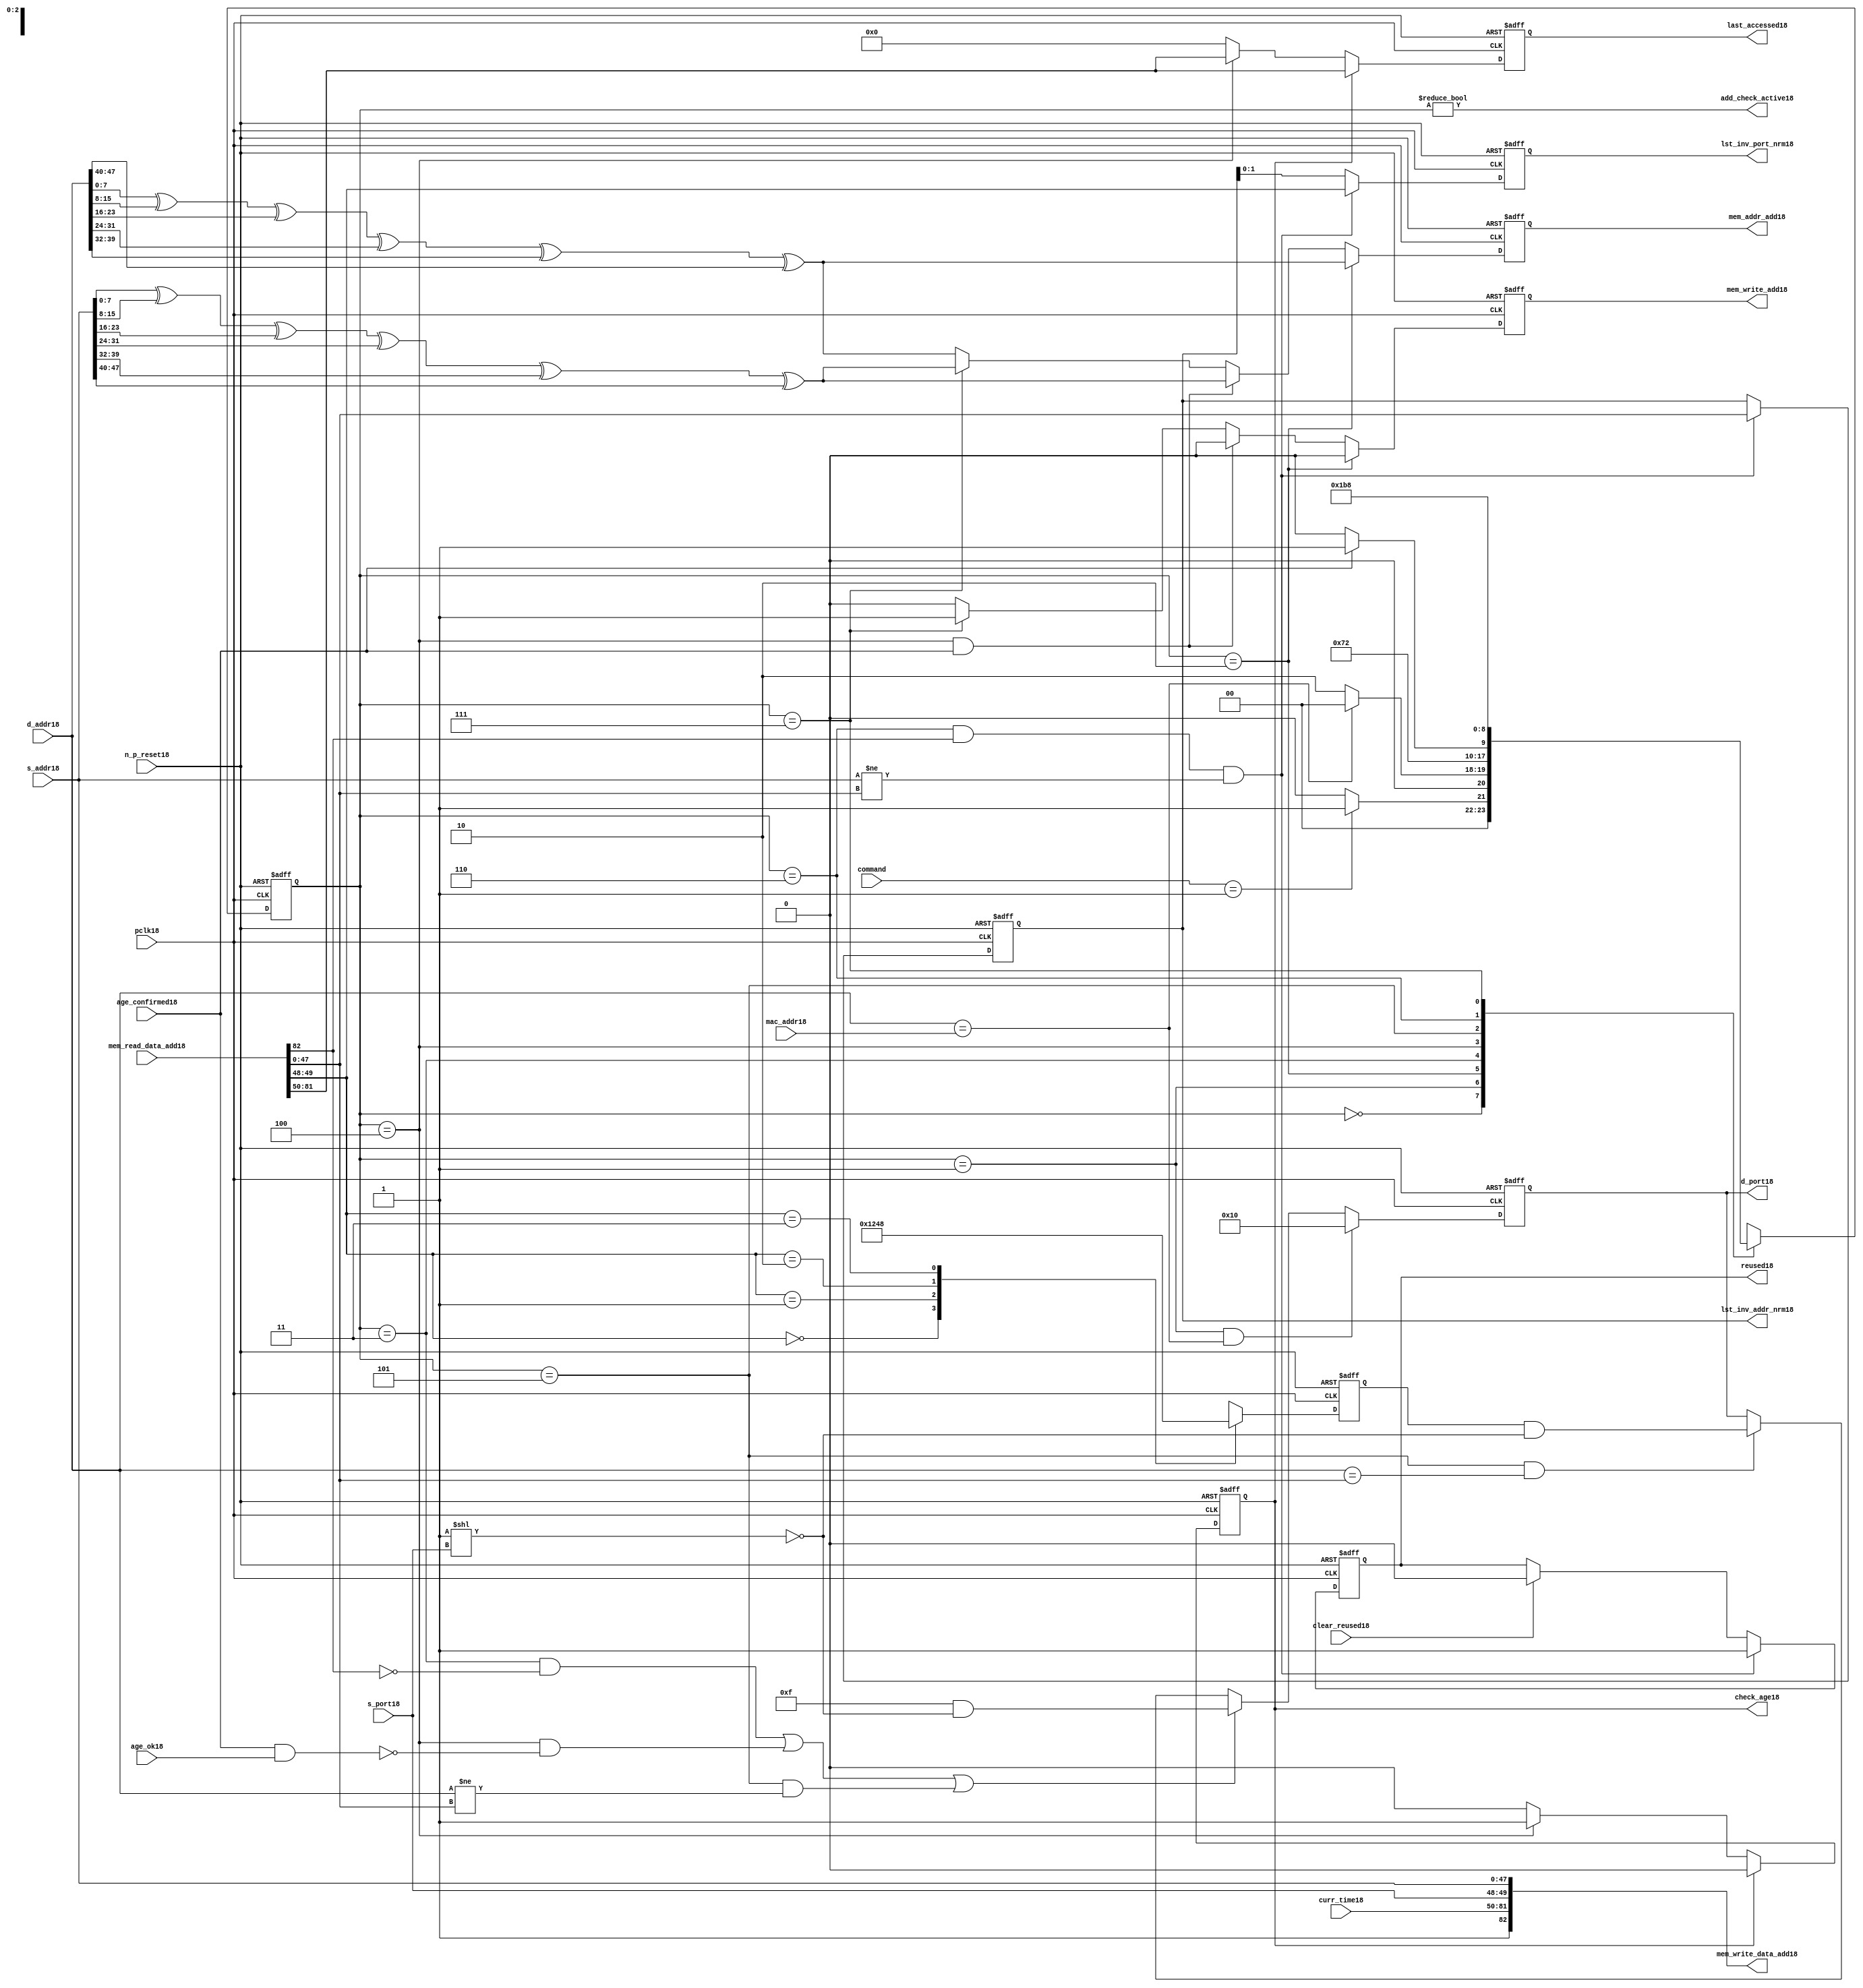
module alut_addr_checker18
(   
   // Inputs18
   pclk18,
   n_p_reset18,
   command,
   mac_addr18,
   d_addr18,
   s_addr18,
   s_port18,
   curr_time18,
   mem_read_data_add18,
   age_confirmed18,
   age_ok18,
   clear_reused18,

   //outputs18
   d_port18,
   add_check_active18,
   mem_addr_add18,
   mem_write_add18,
   mem_write_data_add18,
   lst_inv_addr_nrm18,
   lst_inv_port_nrm18,
   check_age18,
   last_accessed18,
   reused18
);



   input               pclk18;               // APB18 clock18                           
   input               n_p_reset18;          // Reset18                               
   input [1:0]         command;            // command bus                        
   input [47:0]        mac_addr18;           // address of the switch18              
   input [47:0]        d_addr18;             // address of frame18 to be checked18     
   input [47:0]        s_addr18;             // address of frame18 to be stored18      
   input [1:0]         s_port18;             // source18 port of current frame18       
   input [31:0]        curr_time18;          // current time,for storing18 in mem    
   input [82:0]        mem_read_data_add18;  // read data from mem                 
   input               age_confirmed18;      // valid flag18 from age18 checker        
   input               age_ok18;             // result from age18 checker 
   input               clear_reused18;       // read/clear flag18 for reused18 signal18           

   output [4:0]        d_port18;             // calculated18 destination18 port for tx18 
   output              add_check_active18;   // bit 0 of status register           
   output [7:0]        mem_addr_add18;       // hash18 address for R/W18 to memory     
   output              mem_write_add18;      // R/W18 flag18 (write = high18)            
   output [82:0]       mem_write_data_add18; // write data for memory             
   output [47:0]       lst_inv_addr_nrm18;   // last invalidated18 addr normal18 op    
   output [1:0]        lst_inv_port_nrm18;   // last invalidated18 port normal18 op    
   output              check_age18;          // request flag18 for age18 check
   output [31:0]       last_accessed18;      // time field sent18 for age18 check
   output              reused18;             // indicates18 ALUT18 location18 overwritten18

   reg   [2:0]         add_chk_state18;      // current address checker state
   reg   [2:0]         nxt_add_chk_state18;  // current address checker state
   reg   [4:0]         d_port18;             // calculated18 destination18 port for tx18 
   reg   [3:0]         port_mem18;           // bitwise18 conversion18 of 2bit port
   reg   [7:0]         mem_addr_add18;       // hash18 address for R/W18 to memory
   reg                 mem_write_add18;      // R/W18 flag18 (write = high18)            
   reg                 reused18;             // indicates18 ALUT18 location18 overwritten18
   reg   [47:0]        lst_inv_addr_nrm18;   // last invalidated18 addr normal18 op    
   reg   [1:0]         lst_inv_port_nrm18;   // last invalidated18 port normal18 op    
   reg                 check_age18;          // request flag18 for age18 checker
   reg   [31:0]        last_accessed18;      // time field sent18 for age18 check


   wire   [7:0]        s_addr_hash18;        // hash18 of address for storing18
   wire   [7:0]        d_addr_hash18;        // hash18 of address for checking
   wire   [82:0]       mem_write_data_add18; // write data for memory  
   wire                add_check_active18;   // bit 0 of status register           


// Parameters18 for Address Checking18 FSM18 states18
   parameter idle18           = 3'b000;
   parameter mac_addr_chk18   = 3'b001;
   parameter read_dest_add18  = 3'b010;
   parameter valid_chk18      = 3'b011;
   parameter age_chk18        = 3'b100;
   parameter addr_chk18       = 3'b101;
   parameter read_src_add18   = 3'b110;
   parameter write_src18      = 3'b111;


// -----------------------------------------------------------------------------
//   Hash18 conversion18 of source18 and destination18 addresses18
// -----------------------------------------------------------------------------
   assign s_addr_hash18 = s_addr18[7:0] ^ s_addr18[15:8] ^ s_addr18[23:16] ^
                        s_addr18[31:24] ^ s_addr18[39:32] ^ s_addr18[47:40];

   assign d_addr_hash18 = d_addr18[7:0] ^ d_addr18[15:8] ^ d_addr18[23:16] ^
                        d_addr18[31:24] ^ d_addr18[39:32] ^ d_addr18[47:40];



// -----------------------------------------------------------------------------
//   State18 Machine18 For18 handling18 the destination18 address checking process and
//   and storing18 of new source18 address and port values.
// -----------------------------------------------------------------------------
always @ (command or add_chk_state18 or age_confirmed18 or age_ok18)
   begin
      case (add_chk_state18)
      
      idle18:
         if (command == 2'b01)
            nxt_add_chk_state18 = mac_addr_chk18;
         else
            nxt_add_chk_state18 = idle18;

      mac_addr_chk18:   // check if destination18 address match MAC18 switch18 address
         if (d_addr18 == mac_addr18)
            nxt_add_chk_state18 = idle18;  // return dest18 port as 5'b1_0000
         else
            nxt_add_chk_state18 = read_dest_add18;

      read_dest_add18:       // read data from memory using hash18 of destination18 address
            nxt_add_chk_state18 = valid_chk18;

      valid_chk18:      // check if read data had18 valid bit set
         nxt_add_chk_state18 = age_chk18;

      age_chk18:        // request age18 checker to check if still in date18
         if (age_confirmed18)
            nxt_add_chk_state18 = addr_chk18;
         else
            nxt_add_chk_state18 = age_chk18; 

      addr_chk18:       // perform18 compare between dest18 and read addresses18
            nxt_add_chk_state18 = read_src_add18; // return read port from ALUT18 mem

      read_src_add18:   // read from memory location18 about18 to be overwritten18
            nxt_add_chk_state18 = write_src18; 

      write_src18:      // write new source18 data (addr and port) to memory
            nxt_add_chk_state18 = idle18; 

      default:
            nxt_add_chk_state18 = idle18;
      endcase
   end


// destination18 check FSM18 current state
always @ (posedge pclk18 or negedge n_p_reset18)
   begin
   if (~n_p_reset18)
      add_chk_state18 <= idle18;
   else
      add_chk_state18 <= nxt_add_chk_state18;
   end



// -----------------------------------------------------------------------------
//   Generate18 returned value of port for sending18 new frame18 to
// -----------------------------------------------------------------------------
always @ (posedge pclk18 or negedge n_p_reset18)
   begin
   if (~n_p_reset18)
      d_port18 <= 5'b0_1111;
   else if ((add_chk_state18 == mac_addr_chk18) & (d_addr18 == mac_addr18))
      d_port18 <= 5'b1_0000;
   else if (((add_chk_state18 == valid_chk18) & ~mem_read_data_add18[82]) |
            ((add_chk_state18 == age_chk18) & ~(age_confirmed18 & age_ok18)) |
            ((add_chk_state18 == addr_chk18) & (d_addr18 != mem_read_data_add18[47:0])))
      d_port18 <= 5'b0_1111 & ~( 1 << s_port18 );
   else if ((add_chk_state18 == addr_chk18) & (d_addr18 == mem_read_data_add18[47:0]))
      d_port18 <= {1'b0, port_mem18} & ~( 1 << s_port18 );
   else
      d_port18 <= d_port18;
   end


// -----------------------------------------------------------------------------
//   convert read port source18 value from 2bits to bitwise18 4 bits
// -----------------------------------------------------------------------------
always @ (posedge pclk18 or negedge n_p_reset18)
   begin
   if (~n_p_reset18)
      port_mem18 <= 4'b1111;
   else begin
      case (mem_read_data_add18[49:48])
         2'b00: port_mem18 <= 4'b0001;
         2'b01: port_mem18 <= 4'b0010;
         2'b10: port_mem18 <= 4'b0100;
         2'b11: port_mem18 <= 4'b1000;
      endcase
   end
   end
   


// -----------------------------------------------------------------------------
//   Set active bit of status, decoded18 off18 add_chk_state18
// -----------------------------------------------------------------------------
assign add_check_active18 = (add_chk_state18 != 3'b000);


// -----------------------------------------------------------------------------
//   Generate18 memory addressing18 signals18.
//   The check address command will be taken18 as the indication18 from SW18 that the 
//   source18 fields (address and port) can be written18 to memory. 
// -----------------------------------------------------------------------------
always @ (posedge pclk18 or negedge n_p_reset18)
   begin
   if (~n_p_reset18) 
   begin
       mem_write_add18 <= 1'b0;
       mem_addr_add18  <= 8'd0;
   end
   else if (add_chk_state18 == read_dest_add18)
   begin
       mem_write_add18 <= 1'b0;
       mem_addr_add18  <= d_addr_hash18;
   end
// Need18 to set address two18 cycles18 before check
   else if ( (add_chk_state18 == age_chk18) && age_confirmed18 )
   begin
       mem_write_add18 <= 1'b0;
       mem_addr_add18  <= s_addr_hash18;
   end
   else if (add_chk_state18 == write_src18)
   begin
       mem_write_add18 <= 1'b1;
       mem_addr_add18  <= s_addr_hash18;
   end
   else
   begin
       mem_write_add18 <= 1'b0;
       mem_addr_add18  <= d_addr_hash18;
   end
   end


// -----------------------------------------------------------------------------
//   Generate18 databus18 for writing to memory
//   Data written18 to memory from address checker will always be valid
// -----------------------------------------------------------------------------
assign mem_write_data_add18 = {1'b1, curr_time18, s_port18, s_addr18};



// -----------------------------------------------------------------------------
//   Evaluate18 read back data that is about18 to be overwritten18 with new source18 
//   address and port values. Decide18 whether18 the reused18 flag18 must be set and
//   last_inval18 address and port values updated.
//   reused18 needs18 to be implemented as read and clear
// -----------------------------------------------------------------------------
always @ (posedge pclk18 or negedge n_p_reset18)
   begin
   if (~n_p_reset18) 
   begin
      reused18 <= 1'b0;
      lst_inv_addr_nrm18 <= 48'd0;
      lst_inv_port_nrm18 <= 2'd0;
   end
   else if ((add_chk_state18 == read_src_add18) & mem_read_data_add18[82] &
            (s_addr18 != mem_read_data_add18[47:0]))
   begin
      reused18 <= 1'b1;
      lst_inv_addr_nrm18 <= mem_read_data_add18[47:0];
      lst_inv_port_nrm18 <= mem_read_data_add18[49:48];
   end
   else if (clear_reused18)
   begin
      reused18 <= 1'b0;
      lst_inv_addr_nrm18 <= lst_inv_addr_nrm18;
      lst_inv_port_nrm18 <= lst_inv_addr_nrm18;
   end
   else 
   begin
      reused18 <= reused18;
      lst_inv_addr_nrm18 <= lst_inv_addr_nrm18;
      lst_inv_port_nrm18 <= lst_inv_addr_nrm18;
   end
   end


// -----------------------------------------------------------------------------
//   Generate18 signals18 for age18 checker to perform18 in-date18 check
// -----------------------------------------------------------------------------
always @ (posedge pclk18 or negedge n_p_reset18)
   begin
   if (~n_p_reset18) 
   begin
      check_age18 <= 1'b0;  
      last_accessed18 <= 32'd0;
   end
   else if (check_age18)
   begin
      check_age18 <= 1'b0;  
      last_accessed18 <= mem_read_data_add18[81:50];
   end
   else if (add_chk_state18 == age_chk18)
   begin
      check_age18 <= 1'b1;  
      last_accessed18 <= mem_read_data_add18[81:50];
   end
   else 
   begin
      check_age18 <= 1'b0;  
      last_accessed18 <= 32'd0;
   end
   end


`ifdef ABV_ON18

// psl18 default clock18 = (posedge pclk18);

// ASSERTION18 CHECKS18
/* Commented18 out as also checking in toplevel18
// it should never be possible18 for the destination18 port to indicate18 the MAC18
// switch18 address and one of the other 4 Ethernets18
// psl18 assert_valid_dest_port18 : assert never (d_port18[4] & |{d_port18[3:0]});


// COVER18 SANITY18 CHECKS18
// check all values of destination18 port can be returned.
// psl18 cover_d_port_018 : cover { d_port18 == 5'b0_0001 };
// psl18 cover_d_port_118 : cover { d_port18 == 5'b0_0010 };
// psl18 cover_d_port_218 : cover { d_port18 == 5'b0_0100 };
// psl18 cover_d_port_318 : cover { d_port18 == 5'b0_1000 };
// psl18 cover_d_port_418 : cover { d_port18 == 5'b1_0000 };
// psl18 cover_d_port_all18 : cover { d_port18 == 5'b0_1111 };
*/
`endif


endmodule